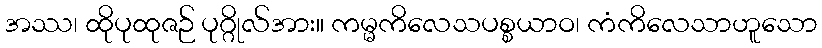
အဿ၊ ထိုပုထုဇဉ် ပုဂ္ဂိုလ်အား။ ကမ္မကိလေသပစ္စယာဝ၊ ကံကိလေသာဟူသော